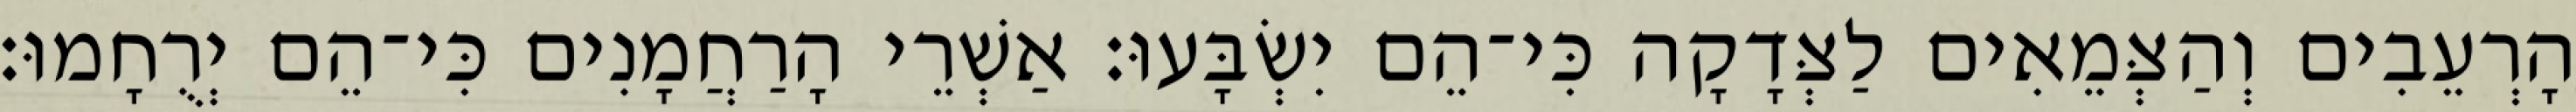
הָרְעֵבִים וְהַצְּמֵאִים לַצְּדָקָה כִּי־הֵם יִשְׂבָּעוּ׃ אַשְׁרֵי הָרַחֲמָנִים כִּי־הֵם יְרֻחָמוּ׃